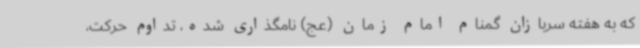
که به هفته سربازان گمنام امام زمان (عج) نامگذاری شده، تداوم حرکت،